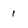
Character: 1